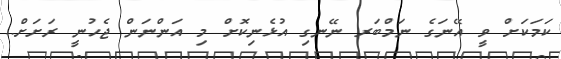
ކަމަކަށް ވީ އޭނަގެ ނަމްބަރ ނޭނގި އުޅެނިކޮށް މި އަންނަން ޖެހުނީ ރަށަށް..